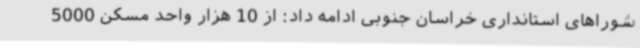
شوراهای استانداری خراسان جنوبی ادامه داد: از 10 هزار واحد مسکن 5000